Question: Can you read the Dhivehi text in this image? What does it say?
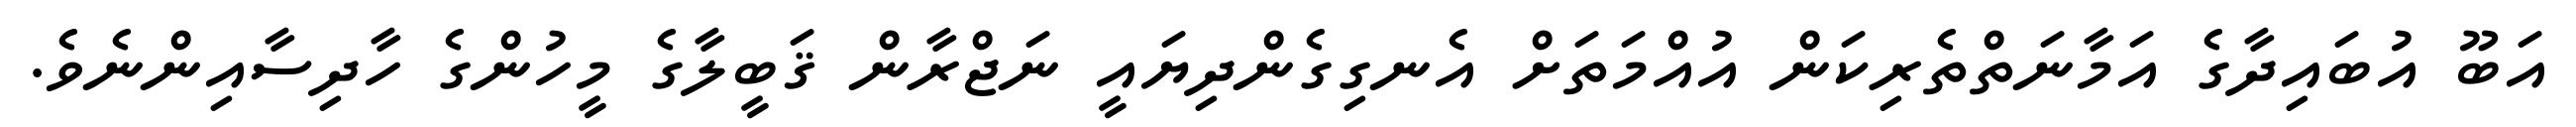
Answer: އަބޫ އުބައިދާގެ އަމާނަތްތެރިކަން އުއްމަތަށް އެނގިގެންދިޔައީ ނަޖްރާން ޤަބީލާގެ މީހުންގެ ހާދިސާއިންނެވެ.